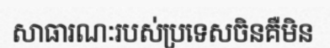
សាធារណៈរបស់ប្រទេសចិនគឺមិន